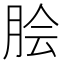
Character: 脍